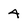
Character: 4